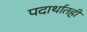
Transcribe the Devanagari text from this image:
पदार्थातही